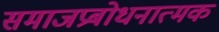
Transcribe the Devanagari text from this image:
समाजप्रबोधनात्मक